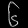
Digit: ၆